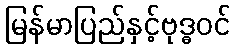
မြန်မာပြည်နှင့်ဗုဒ္ဓဝင်